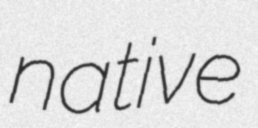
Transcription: native